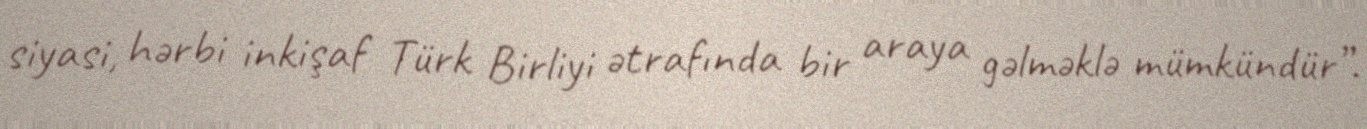
siyasi, hərbi inkişaf Türk Birliyi ətrafında bir araya gəlməklə mümkündür”.